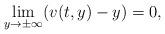
LaTeX: \begin{align*}\lim_{y\to\pm\infty}(v(t,y)-y)=0,\end{align*}